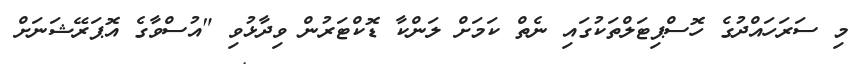
މި ސަރަހައްދުގެ ހޮސްޕިޓަލްތަކުގައި ނެތް ކަމަށް ލަންކާ ޑޮކްޓަރުން ވިދާޅުވި "އުސްވާގެ އޮޕަރޭޝަނަށް